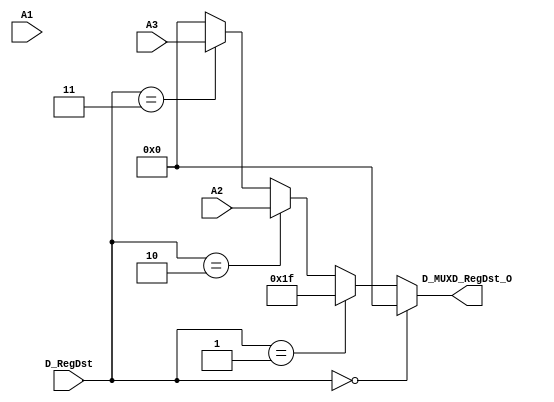
`timescale 1ns / 1ps
//////////////////////////////////////////////////////////////////////////////////
// Company: 
// Engineer: 
// 
// Design Name: 
// Module Name:    MUXD_RegDst 
// Project Name: 
// Target Devices: 
// Tool versions: 
// Description: 
//
// Dependencies: 
//
// Revision: 
// Revision 0.01 - File Created
// Additional Comments: 
//
//////////////////////////////////////////////////////////////////////////////////
module MUXD_RegDst(
    input [4:0] A1,
    input [4:0] A2,
    input [4:0] A3,
    input [3:0] D_RegDst,
    output reg [4:0] D_MUXD_RegDst_O
    );
	 
	 always@(*) begin
		if (D_RegDst == 4'b0000) begin
			D_MUXD_RegDst_O = 5'b00000;
		end
		else if (D_RegDst == 4'b0001) begin
			D_MUXD_RegDst_O = 5'b11111;
		end
		else if (D_RegDst == 4'b0010) begin
			D_MUXD_RegDst_O = A2;
		end
		else if (D_RegDst == 4'b0011) begin
			D_MUXD_RegDst_O = A3;
		end
		else begin
			D_MUXD_RegDst_O = 5'b00000;
		end
	 end

endmodule